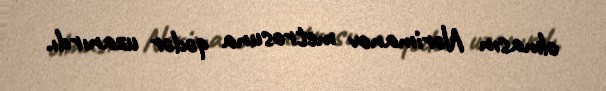
olmasın Nərimanov metrosuna qədər uzanırdı.